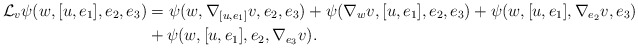
\begin{align*} \mathcal L_v\psi(w,[u, e_1],e_2,e_3)&=\psi(w,{\nabla_{[u, e_1]}v},e_2,e_3) +\psi(\nabla_wv,{[u, e_1]},e_2,e_3)+\psi(w,{[u, e_1]},\nabla_{e_2}v,e_3)\\ &+\psi(w,{[u, e_1]},e_2,\nabla_{e_3}v). \end{align*}